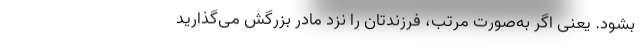
بشود. یعنی اگر به‌صورت مرتب، فرزندتان را نزد مادر بزرگش می‌گذارید